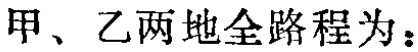
甲、乙两地全路程为：